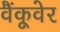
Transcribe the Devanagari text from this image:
वैंकूवेर